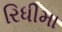
રિધીમા